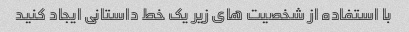
با استفاده از شخصیت های زیر یک خط داستانی ایجاد کنید